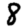
Digit: 8